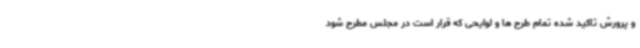
و پرورش تاکید شده تمام طرح ها و لوایحی که قرار است در مجلس مطرح شود